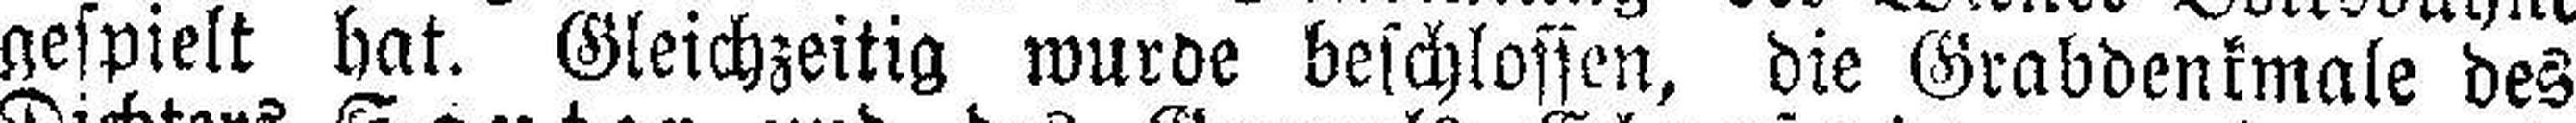
gespielt hat. Gleichzeitig wurde beschlossen, die Grabdenkmale des